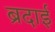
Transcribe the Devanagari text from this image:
ब्रदाई